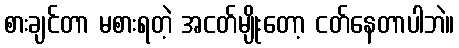
စားချင်တာ မစားရတဲ့ အငတ်မျိုးတော့ ငတ်နေတာပါဘဲ။